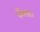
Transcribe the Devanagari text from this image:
फँसता।